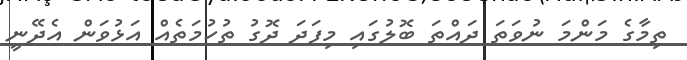
ތިމާގެ މަންމަ ނުވަތަ ދައްތަ ބޮލުގައި މިފަދަ ދޮގު ތުހުމަތެއް އަޅުވަން އެދޭނީ